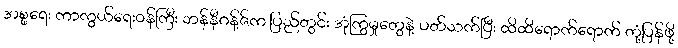
အစ္စရေး ကာကွယ်ရေးဝန်ကြီး ဘန်နီဂန့်ဇ်က ပြည်တွင်း အုံကြွမှုတွေနဲ့ ပတ်သက်ပြီး ထိထိရောက်ရောက် တုံ့ပြန်ဖို့